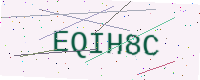
Text: EQIH8C